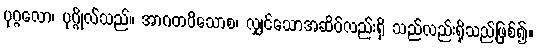
ပုဂ္ဂလော၊ ပုဂ္ဂိုလ်သည်။ အာဂတဝိသောစ၊ လျှင်သောအဆိပ်လည်းရှိ သည်လည်းရှိသည်ဖြစ်၍။